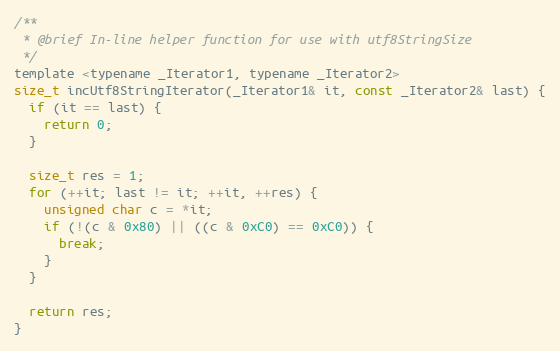
Language: C
/**
 * @brief In-line helper function for use with utf8StringSize
 */
template <typename _Iterator1, typename _Iterator2>
size_t incUtf8StringIterator(_Iterator1& it, const _Iterator2& last) {
  if (it == last) {
    return 0;
  }

  size_t res = 1;
  for (++it; last != it; ++it, ++res) {
    unsigned char c = *it;
    if (!(c & 0x80) || ((c & 0xC0) == 0xC0)) {
      break;
    }
  }

  return res;
}